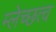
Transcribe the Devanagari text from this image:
म्लेच्छत्व